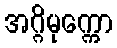
အဂ္ဂိမုက္ကော